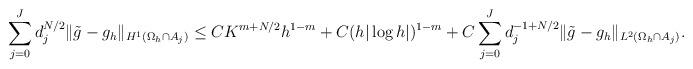
LaTeX: \begin{align*} \sum_{j=0}^J d_j^{N/2} \|\tilde g - g_h\|_{H^1(\Omega_h \cap A_j)} \le CK^{m+N/2} h^{1-m} + C(h|\log h|)^{1-m} + C\sum_{j=0}^J d_j^{-1+N/2} \|\tilde g - g_h\|_{L^2(\Omega_h\cap A_j)}.\end{align*}